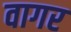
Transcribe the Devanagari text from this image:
वागर